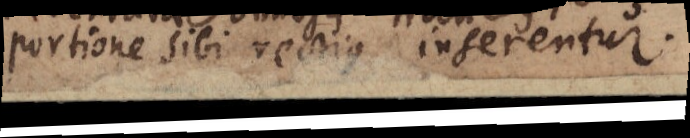
portione sibi rectius inserentur.